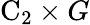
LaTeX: \mathrm{C}_{2}\times G